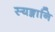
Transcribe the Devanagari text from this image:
स्यङ्गानि